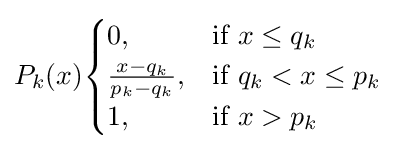
P_{k}(x){\begin{cases}0,&{\text{if }}x\leq q_{k}\\{\frac {x-q_{k}}{p_{k}-q_{k}}},&{\text{if }}q_{k}<x\leq p_{k}\\1,&{\text{if }}x>p_{k}\end{cases}}